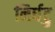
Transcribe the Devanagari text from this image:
निर्घटु